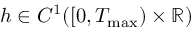
h \in C ^ { 1 } ( [ 0 , T _ { \operatorname* { m a x } } ) \times \mathbb R )